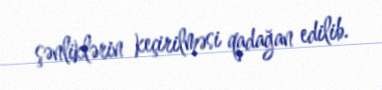
şənliklərin keçirilməsi qadağan edilib.